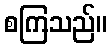
စကြသည်။